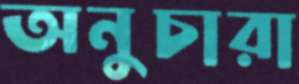
অনুচারা